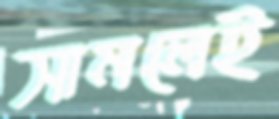
সামলেই